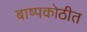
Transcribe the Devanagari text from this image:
बाष्पकोठीत